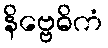
နိဗ္ဗေဓိကံ